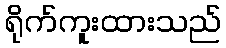
ရိုက်ကူးထားသည်